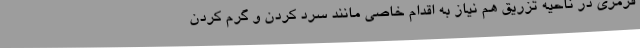
قرمزی در ناحیه تزریق هم نیاز به اقدام خاصی مانند سرد کردن و گرم کردن